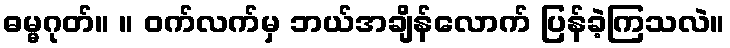
ဓမ္မဂုတ်။ ။ ဝက်လက်မှ ဘယ်အချိန်လောက် ပြန်ခဲ့ကြသလဲ။